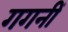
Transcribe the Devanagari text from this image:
गगनीं